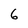
Character: 6